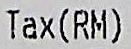
TAX(RM)